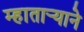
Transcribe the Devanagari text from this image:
म्हातार्‍याने